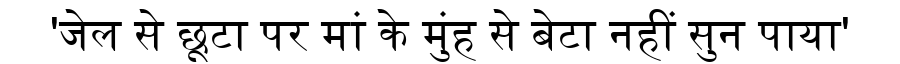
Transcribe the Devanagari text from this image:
'जेल से छूटा पर मां के मुंह से बेटा नहीं सुन पाया'